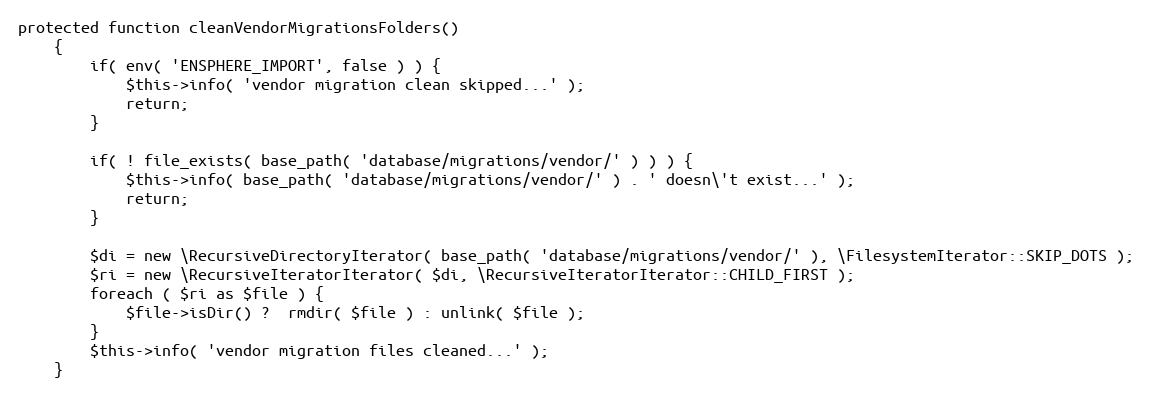
Language: PHP
protected function cleanVendorMigrationsFolders()
    {
        if( env( 'ENSPHERE_IMPORT', false ) ) {
            $this->info( 'vendor migration clean skipped...' );
            return;
        }

        if( ! file_exists( base_path( 'database/migrations/vendor/' ) ) ) {
            $this->info( base_path( 'database/migrations/vendor/' ) . ' doesn\'t exist...' );
            return;
        }

        $di = new \RecursiveDirectoryIterator( base_path( 'database/migrations/vendor/' ), \FilesystemIterator::SKIP_DOTS );
        $ri = new \RecursiveIteratorIterator( $di, \RecursiveIteratorIterator::CHILD_FIRST );
        foreach ( $ri as $file ) {
            $file->isDir() ?  rmdir( $file ) : unlink( $file );
        }
        $this->info( 'vendor migration files cleaned...' );
    }